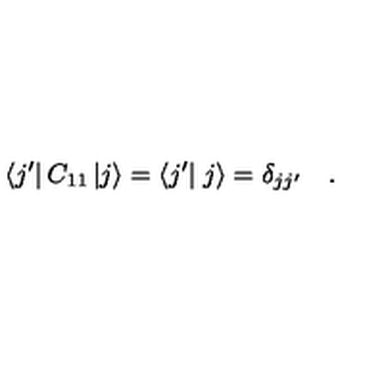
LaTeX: \left< j ^ { \prime } \right| C _ { 1 1 } \left| j \right> = \left< j ^ { \prime } \right| \left. j \right> = \delta _ { j j ^ { \prime } } \quad .